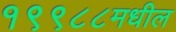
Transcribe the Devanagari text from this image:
१९९८८मधील